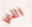
الذي